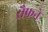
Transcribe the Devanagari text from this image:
सैफने